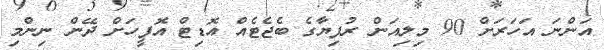
އަންނަ އަަހަރަށް 90 މިލިއަން ރުފިޔާގެ ބެޖެޓެއް އޮޑިޓް އޮފީހަށް ދޭން ނިންމި